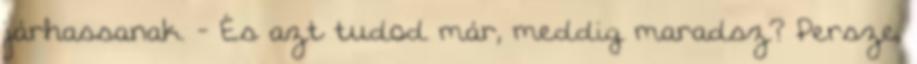
járhassanak. - És azt tudod már, meddig maradsz? Persze,